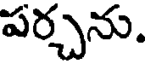
పర్చను.